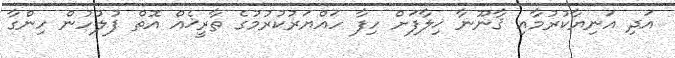
އަދި އަނިޔާކުރުމާއި ޤާނޫނާ ޚިލާފަށް ހިފާ ހައްޔަރުކުރުމުގެ ތާރީޚެއް އޮތް ފުލުހުން ހިންގާ